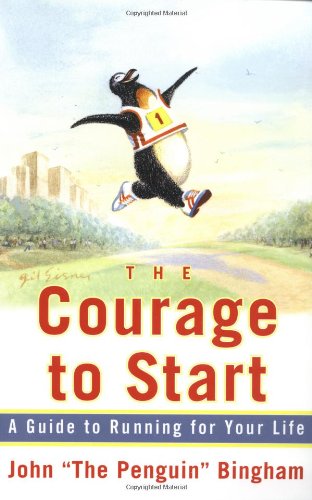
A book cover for The Courage To Start: A Guide To Running for Your Life; John "The Penguin" Bingham; Sports & Outdoors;